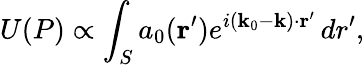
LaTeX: U(P)\propto\int_{S}a_{0}(\mathbf{r}^{\prime})e^{i(\mathbf{k}_{0}-\mathbf{k})\cdot\mathbf{r}^{\prime}}\, dr^{\prime},